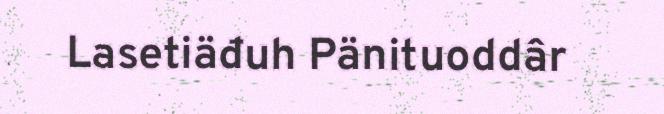
Lasetiäđuh Pänituoddâr